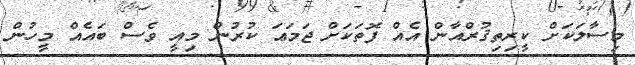
މިސާލަކަށް ކީރިތިޤުރްއާން އެއް ފޮތަކަށް ޖަމަޢަ ކުރުން މިއީ ވެސް ބައެއް މީހުން